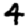
Digit: 4